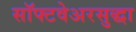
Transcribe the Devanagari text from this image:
सॉफ्टवेअरसुद्धा